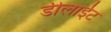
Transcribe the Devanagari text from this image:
डीलाईट